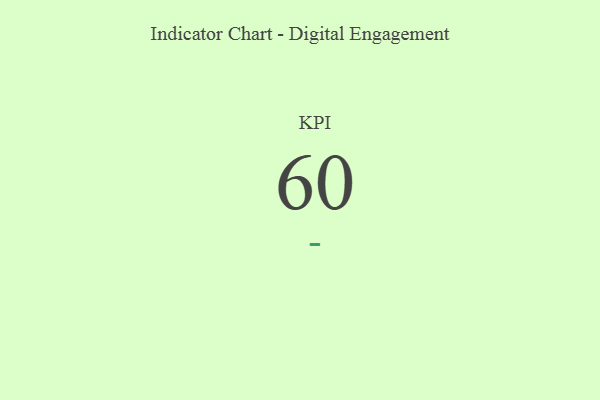
{"axis": {"x": "KPI", "y": "Value"}, "legend": [""], "data": [{"x": "KPI", "y": 60, "type": ""}]}